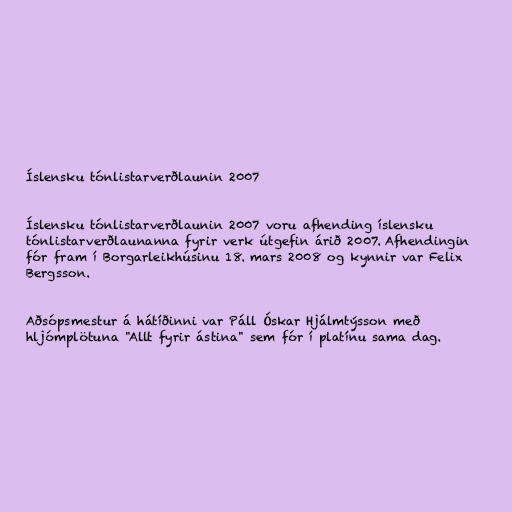
Íslensku tónlistarverðlaunin 2007

Íslensku tónlistarverðlaunin 2007 voru afhending íslensku
tónlistarverðlaunanna fyrir verk útgefin árið 2007. Afhendingin
fór fram í Borgarleikhúsinu 18. mars 2008 og kynnir var Felix
Bergsson.

Aðsópsmestur á hátíðinni var Páll Óskar Hjálmtýsson með
hljómplötuna "Allt fyrir ástina" sem fór í platínu sama dag.